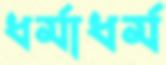
ধর্মাধর্ম